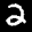
Label: 2